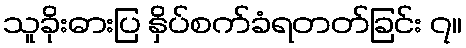
သူခိုးဓားပြ နှိပ်စက်ခံရတတ်ခြင်း ၇။